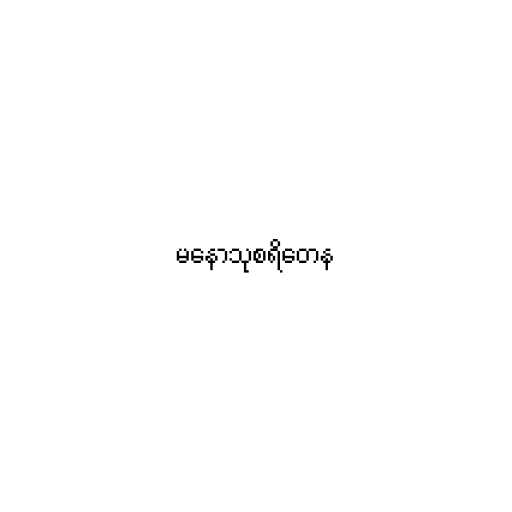
မနောသုစရိတေန